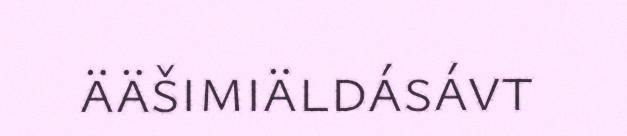
ääšimiäldásávt